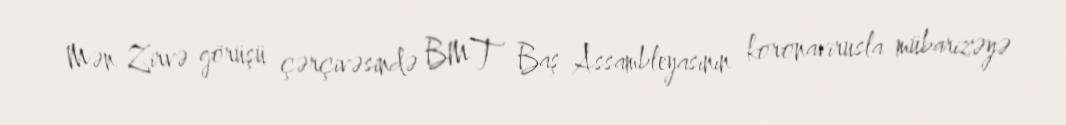
Mən Zirvə görüşü çərçivəsində BMT Baş Assambleyasının koronavirusla mübarizəyə